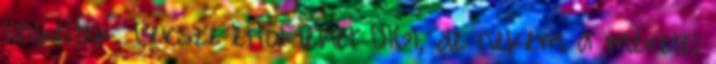
linkeltek. Persze ettől lehet DIGI, de nekem a méretei